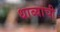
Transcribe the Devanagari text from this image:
धाब्याची